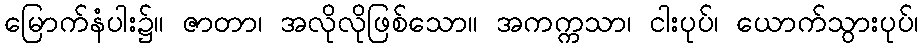
မြောက်နံပါး၌။ ဇာတာ၊ အလိုလိုဖြစ်သော။ အကက္ကသာ၊ ငါးပုပ်၊ ယောက်သွားပုပ်၊